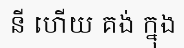
នី ហើយ គង់ ក្នុង